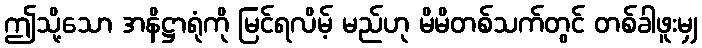
ဤသို့သော အနိဋ္ဌာရုံကို မြင်ရလိမ့် မည်ဟု မိမိတစ်သက်တွင် တစ်ခါဖူးမျှ